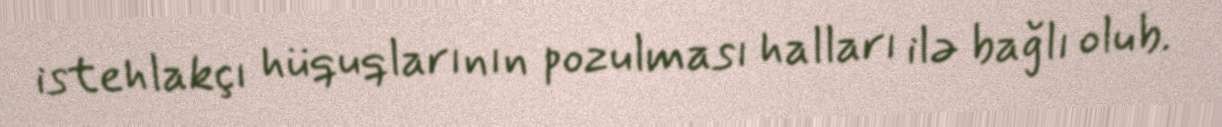
istehlakçı hüquqlarının pozulması halları ilə bağlı olub.